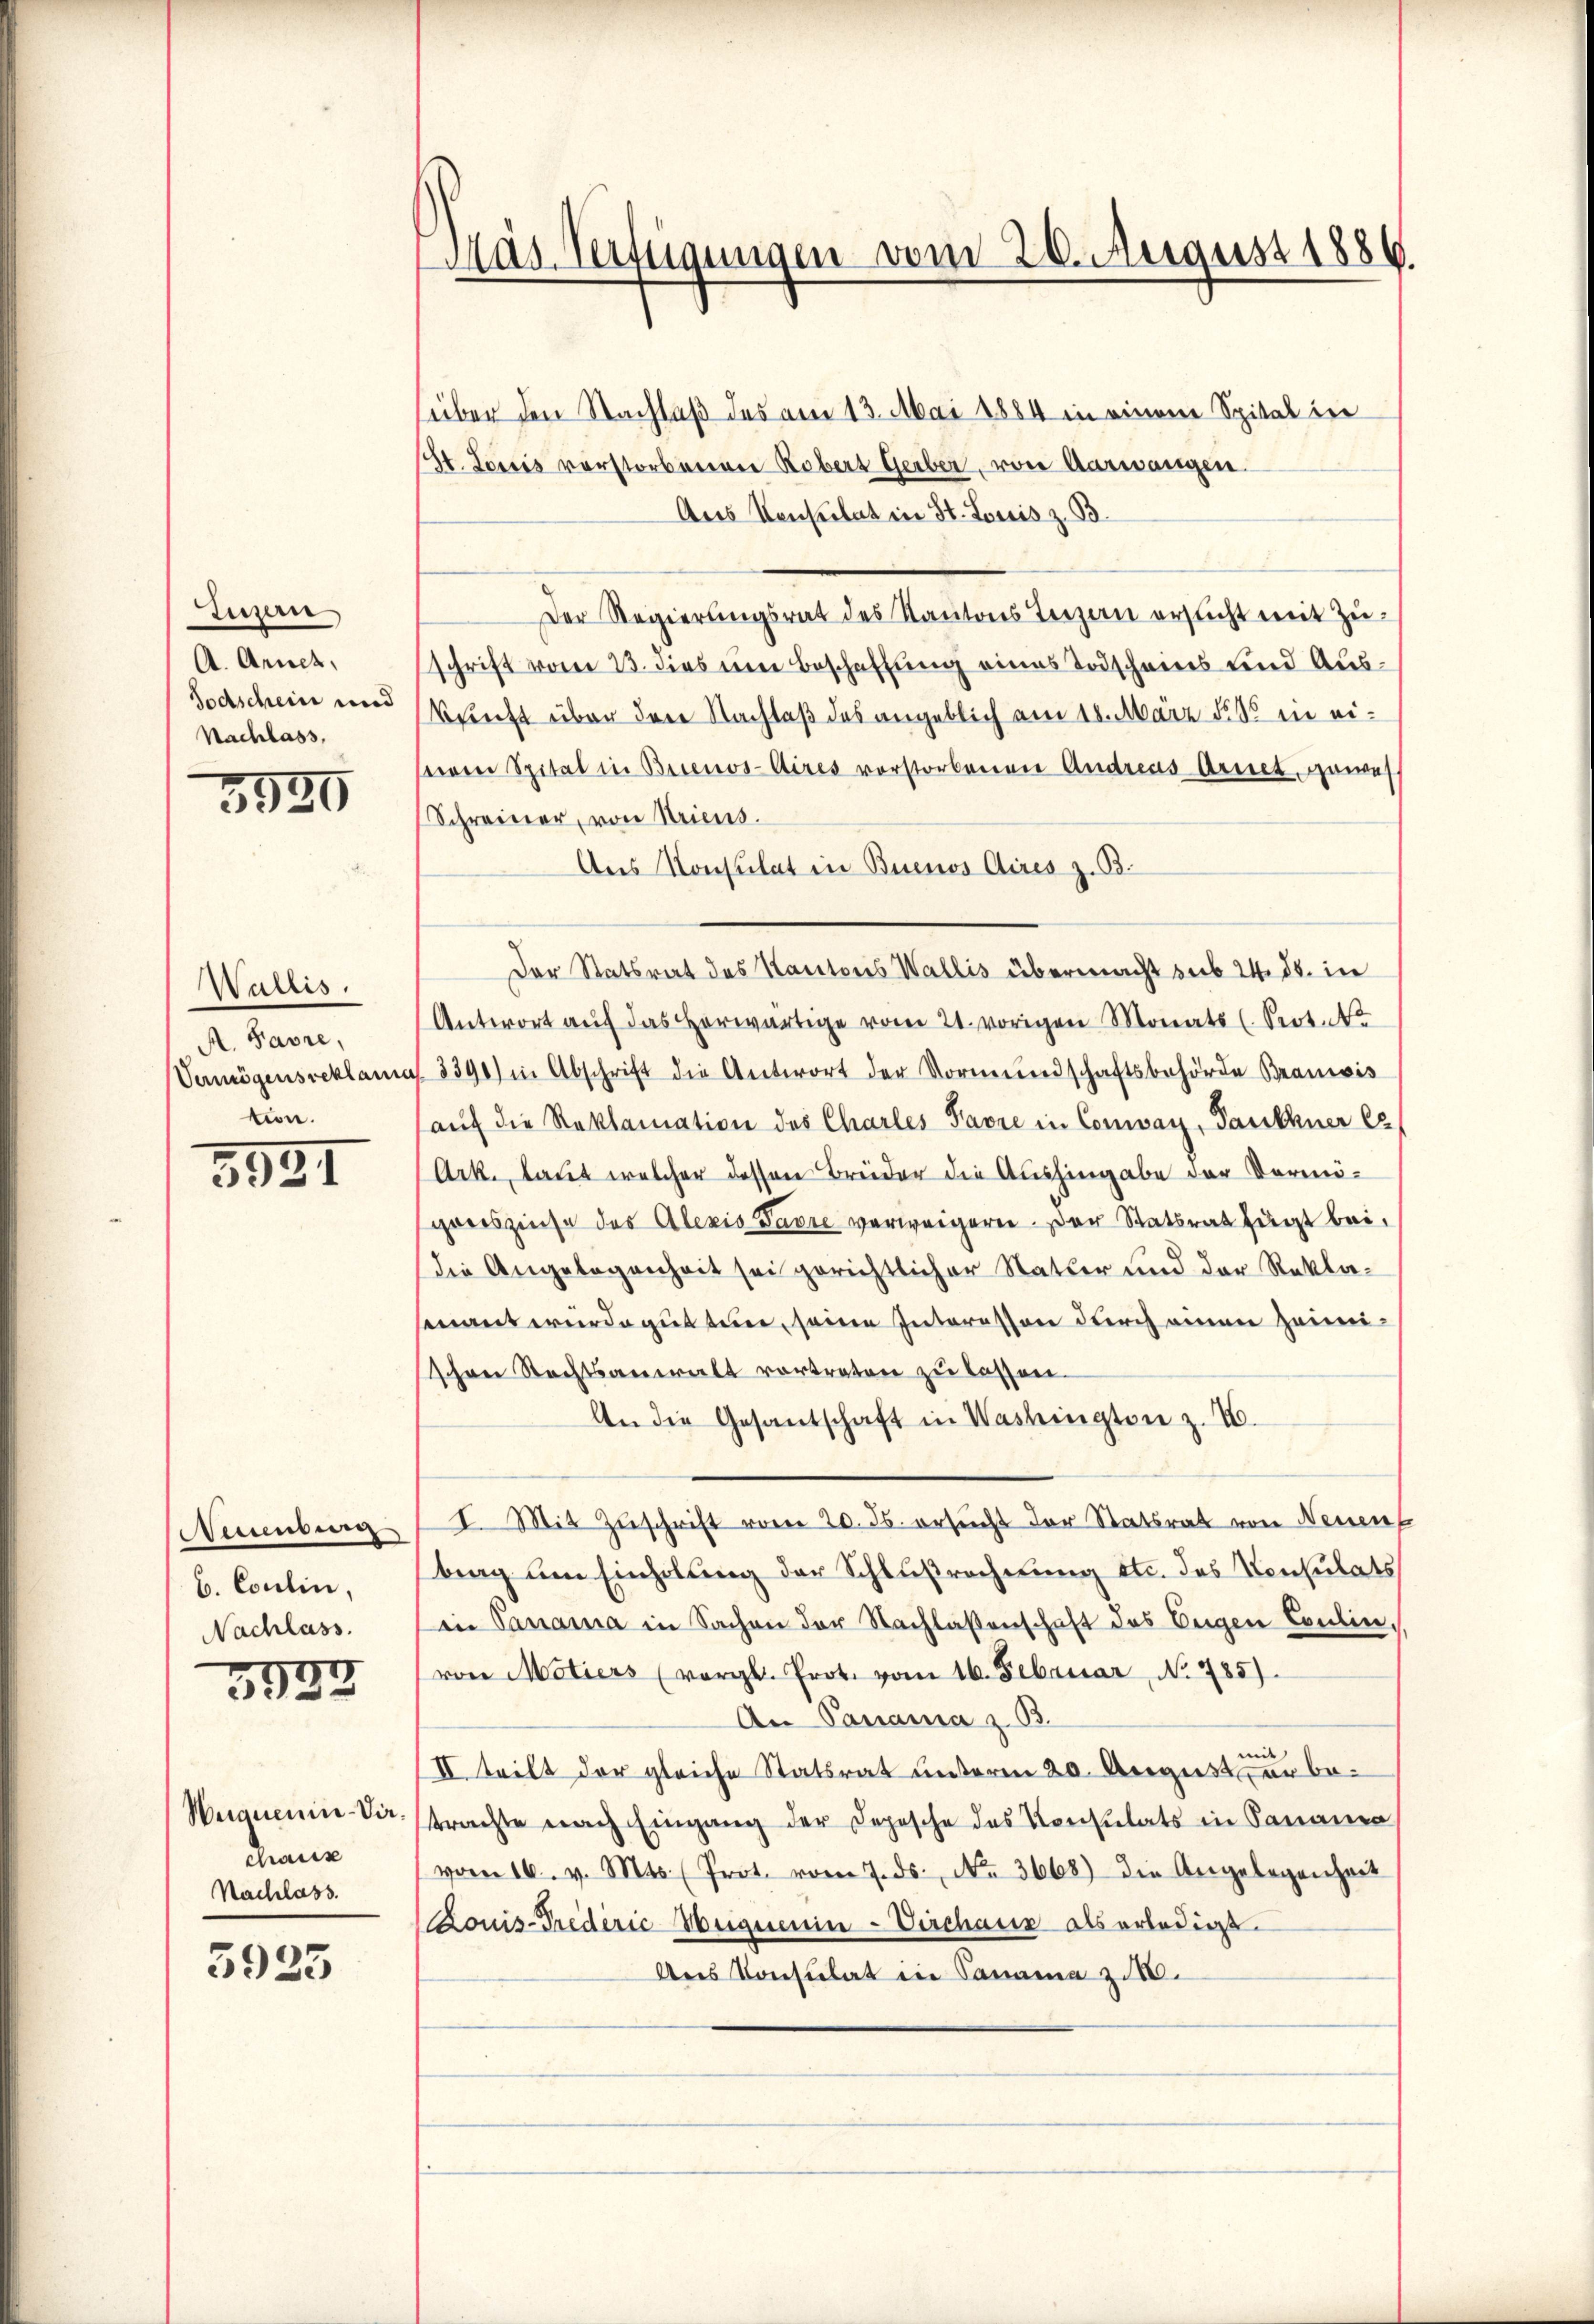
Luzern
A. Arnet,
Todschein und
Nachlass,

3930

Wallis.
A. Favre,
Vermögensreklami
tion.

3531

Nessenburg
b. Coulin,
Nachlass.
3933

Weguenin-Vir
chaus
Nachlass

5925

Päs-Verfügungen vom 26. August 1886.

über den Nachlaß des am 13. Mai 1884 in einem Spital in
St. Josis vorstorbenen Robers Gerber, von Aarwangen
Aus Konsulat in St. Louis z. B.
Der Regierungsrat des Kantons Terzern ersucht mit Zuschrift vom 13. dies eine Beschaffung eines Todscheins und Aus¬
Brecht über der Nachlaß des angeblich am 18. März 185 in einem Spital in Buenos-Aires vorstorbenen Andreas Arnet, gewes
Schreiner, von Stricus.
Aus Konsulat in Buenos Aires z. B.
Der Statsrat des Kantons Wallis übermacht sub 24. ds. in
Antwort auf das herwärtige vom 21. vorigen Monats (Prot. No
3390) in Abschrift die Antwort der Vormundschaftsbehörde Brancis
aŭf die Reklamation des Charles Favre in Convay, Panthner C
Ark., laut welcher dessen Brüder die Aushingabe der Vermögroeszinse des Alexis Favre verweigern. Der Statsrat fügt bei,
die Angelegenheit sei gerichtlicher Statter und der Rekla-
senant wurde gut tun, seine Interessen durch einen Heimischen Rechtsanwalt vortraten zu lassen.
An die Gesandschaft in Washington z. B.
I. Mit Zŭschrift vom 20. ds. ersucht der Statsrat von Neuenb
trag um Einholung der Schlußrechnung etc. des Konsulats
in Panama in Sachen der Nachlassenschaft des Eigen Coulin,
von Motiers (vergl. Prot. vom 16. Februar, No 785).
An Panama z. B.
II teilt der gleiche Statsrat unterm 20. August der betrachte nach Eingang der Depesche des Konsulats in Sanane
vom 16. v. Mts. (Prot. vom 7. ds. No. 3668) die Angelegenheit
Louis-Trederić Weignenin-Virchanz als erledigt.
Anes Konsulat in Panama zu 10.